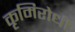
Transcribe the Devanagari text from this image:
कृमिरोधी